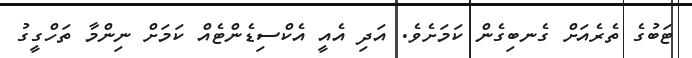
ޓަބުގެ ތެރެއަށް ގެނބިގެން ކަމަށެވެ. އަދި އެއީ އެކްސިޑެންޓެއް ކަމަށް ނިންމާ ތަހްގީގު